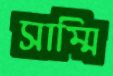
সাম্মি